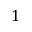
1